Eesti_Rahvusfond, lk 11
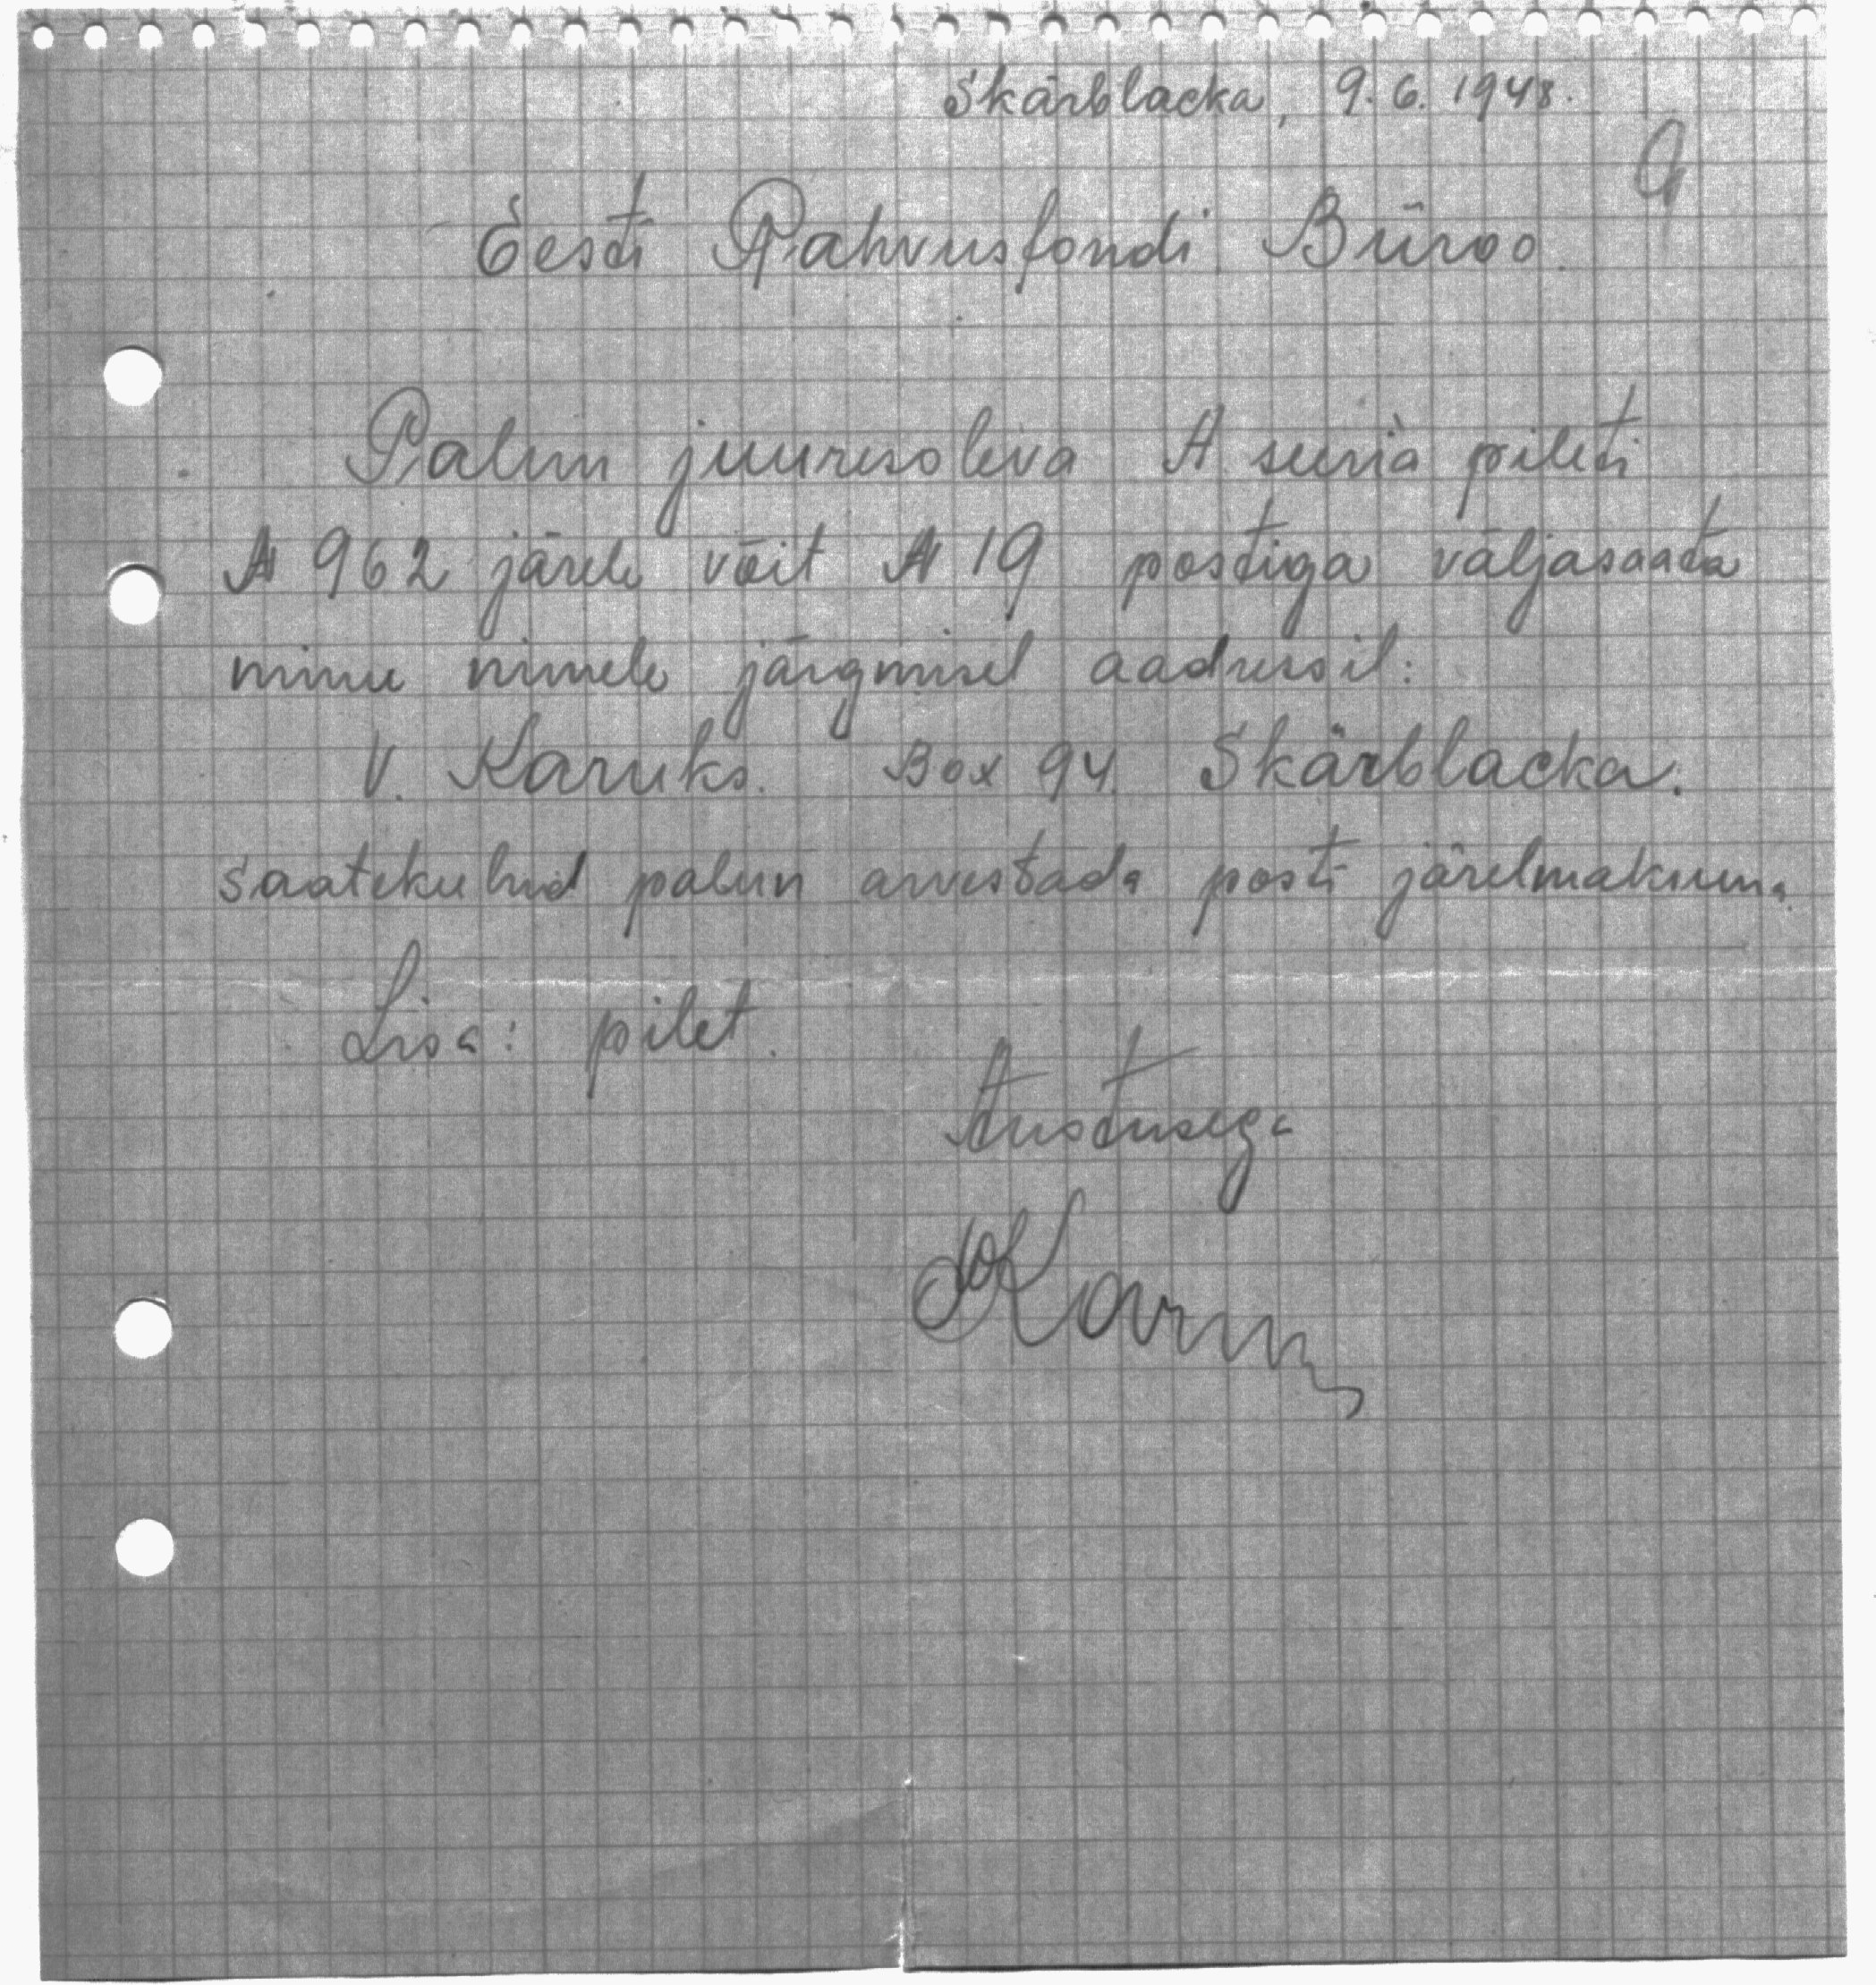
Skärblacka, 9.6.1948.
Eesti Rahvusfondi Büroo
Palun juuresoleva A seeria pileti
N 962 järele võit N 19 postiga väljasaata
minu nimele järgmisel aadressil.
V. Karuks. Box 94. Skärblacka.
saatekulud palun arvestada posti järelmaksuna
Lisa: pilet
Austusega
Karum